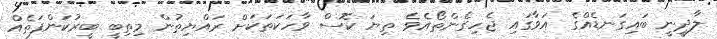
ލާދީނީ ބައިގަނޑެއްގެ އަވާގައި ޖެހިގެންތޯއެވެ ތިޔަ ކޮސް ވާހަކަތަކަށް ރައްޔިތުން މިތިބީ ބީރުކަންފަތެއް